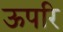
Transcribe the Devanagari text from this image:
ऊपरि